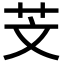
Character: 芠